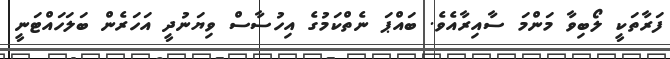
ފަރާތަކީ ލޯބިވާ މަންމަ ސާއިރާއެވެ. ބައްޕަ ނެތްކަމުގެ އިހުސާސް ވިޔަނުދީ އަހަރެން ބަލަހައްޓަނީ